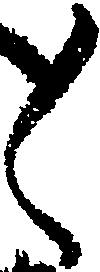
く